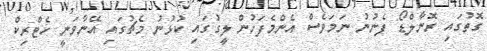
ގޮތުގައި ރޮނާލްޑޯ ފެނުނު ނަމަވެސް އެންމެފަހުން ލީގުގައި ކުޅުނު މެޗުގައި އޭނާވަނީ ހެޓްރިކް